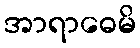
အာရာဓေမိ